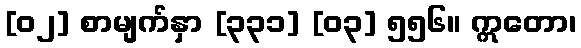
[၀၂] စာမျက်နှာ [၃၃၁] [၀၃] ၅၅၆။ ဣတော၊